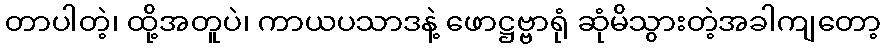
တာပါတဲ့၊ ထို့အတူပဲ၊ ကာယပသာဒနဲ့ ဖောဋ္ဌဗ္ဗာရုံ ဆုံမိသွားတဲ့အခါကျတော့